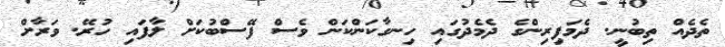
ތެދެއް ތިބުނީ. ދެމަފިރިންގެ ދެމެދުގައި ހިނގާކަންކަން ވެސް ފޭސްބުކަށް ލާފައި ހުރޭ. ވަރާށް